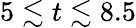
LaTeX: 5\lesssim t\lesssim 8.5